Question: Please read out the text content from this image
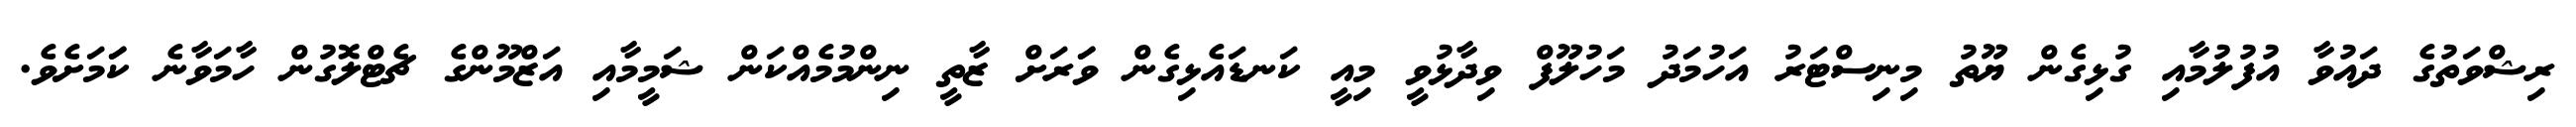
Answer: ރިޝްވަތުގެ ދައުވާ އުފުލުމާއި ގުޅިގެން ޔޫތު މިނިސްޓަރު އަހުމަދު މަހުލޫފް ވިދާޅުވީ މިއީ ކަނޑައެޅިގެން ވަަރަށް ޒާތީ ނިންމުމެއްކަން ޝަމީމާއި އަޒްމޫންގެ ޗެޓްލޮގުން ހާމަވާނެ ކަަމަށެވެ.